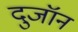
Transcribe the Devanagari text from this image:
दुजॉन